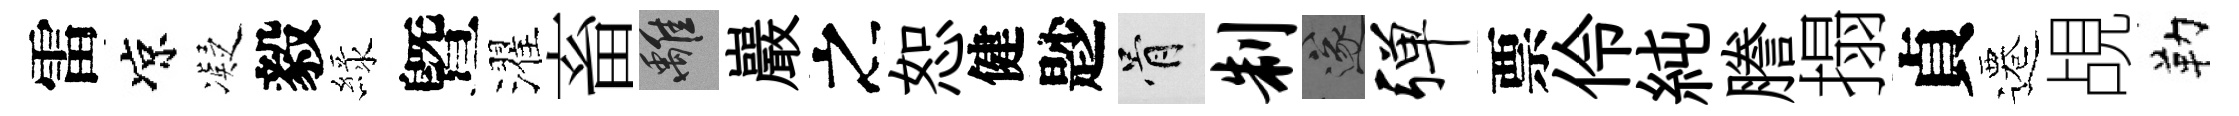
雷凉凝毅緑曁濯畜離巖之恕健尟骨制遂弹票伶純謄搨貞遷覘勒